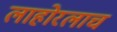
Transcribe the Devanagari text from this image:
लाहोरलाच